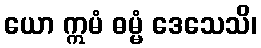
ယော ဣမံ ဓမ္မံ ဒေသေသိ၊